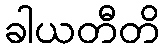
ခါယတီတိ